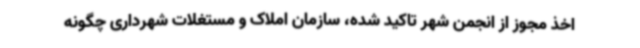
اخذ مجوز از انجمن شهر تاکید شده، سازمان املاک و مستغلات شهرداری چگونه